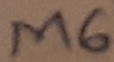
Text: M6